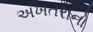
અખતરાનો